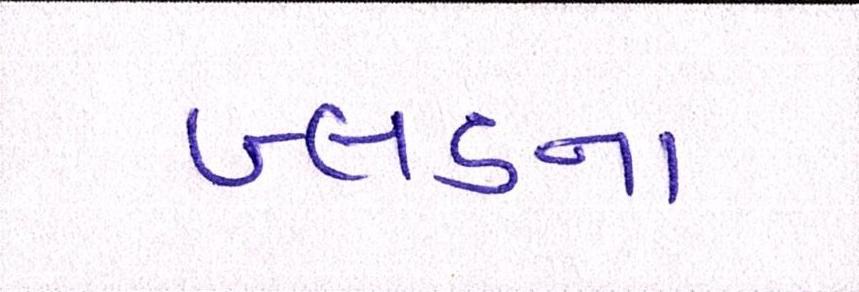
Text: બ્લડના